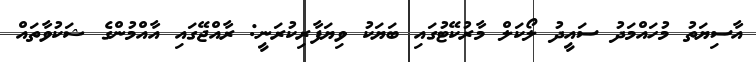
އާސިޔަތު މުހައްމަދު ސައީދު ލޯކަލް މާރުކޭޓުގައި ބަޔަކު ވިޔަފާރިކުރަނީ: ރާއްޖޭގައި އާއްމުންގެ ޝަކުވާތައް